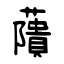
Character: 藬